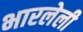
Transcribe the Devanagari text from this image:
भारलेली